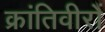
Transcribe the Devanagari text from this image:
क्रांतिवीरों